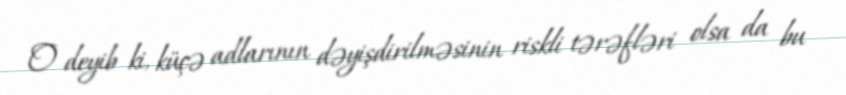
O deyib ki, küçə adlarının dəyişdirilməsinin riskli tərəfləri olsa da bu